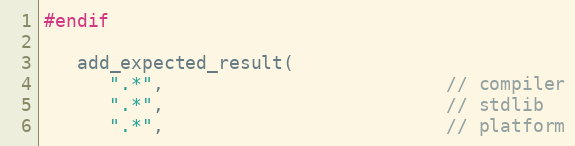
Language: C++
#endif

   add_expected_result(
      ".*",                          // compiler
      ".*",                          // stdlib
      ".*",                          // platform